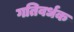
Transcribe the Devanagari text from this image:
गतिवर्धक